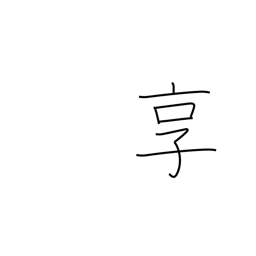
Meaning: get